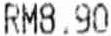
RM8.90